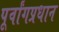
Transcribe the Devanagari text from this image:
पूर्वांगप्रधान